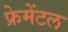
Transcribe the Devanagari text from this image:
फ्रेमेंटल